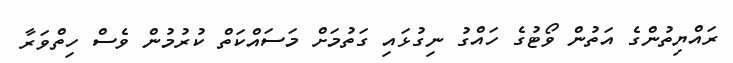
ރައްޔިތުންގެ އަތުން ވޯޓުގެ ހައްގު ނިގުޅައި ގަތުމަށް މަސައްކަތް ކުރުމުން ވެސް ހިތްވަރާ